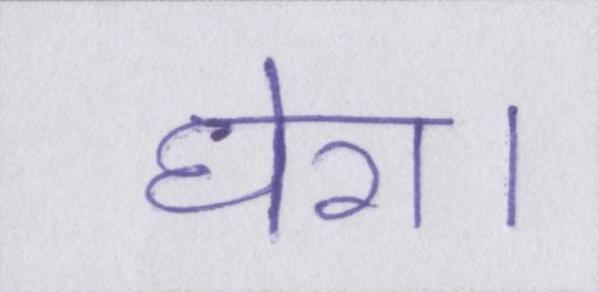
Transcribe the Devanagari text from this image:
घेरा।